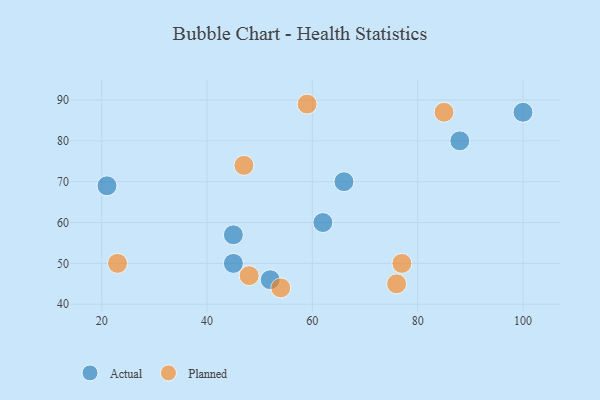
{"axis": {"x": "GDP", "y": "Life Expectancy"}, "legend": ["Actual", "Planned"], "data": [{"x": "21", "y": 69, "type": "Actual"}, {"x": "52", "y": 46, "type": "Actual"}, {"x": "45", "y": 57, "type": "Actual"}, {"x": "62", "y": 60, "type": "Actual"}, {"x": "88", "y": 80, "type": "Actual"}, {"x": "66", "y": 70, "type": "Actual"}, {"x": "100", "y": 87, "type": "Actual"}, {"x": "45", "y": 50, "type": "Actual"}, {"x": "23", "y": 50, "type": "Planned"}, {"x": "54", "y": 44, "type": "Planned"}, {"x": "85", "y": 87, "type": "Planned"}, {"x": "59", "y": 89, "type": "Planned"}, {"x": "76", "y": 45, "type": "Planned"}, {"x": "47", "y": 74, "type": "Planned"}, {"x": "48", "y": 47, "type": "Planned"}, {"x": "77", "y": 50, "type": "Planned"}]}